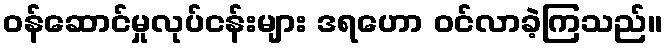
ဝန်ဆောင်မှုလုပ်ငန်းများ ဒရဟော ဝင်လာခဲ့ကြသည်။